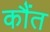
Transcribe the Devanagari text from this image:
कौंत